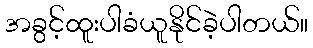
အခွင့်ထူးပါခံယူနိုင်ခဲ့ပါတယ်။